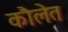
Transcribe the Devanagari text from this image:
कौलेत